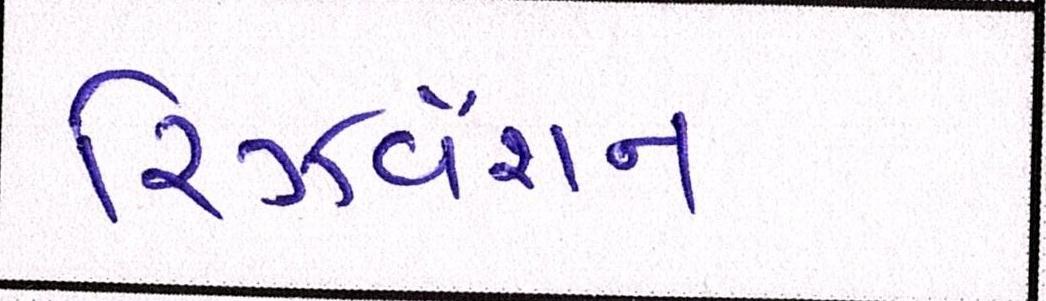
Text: રિઝર્વેશન